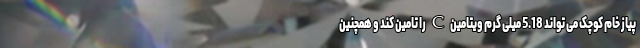
پیاز خام کوچک می تواند 5.18 میلی گرم ویتامین C را تامین کند و همچنین